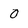
Character: 0